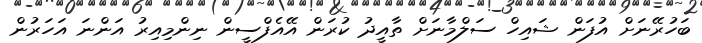
ބަހުރޭނަށް އުފަން ޝައިހް ސަލްމާނަށް ތާއީދު ކުރަން އޭއެފްސީން ނިންމިއިރު އަންނަ އަހަރުން